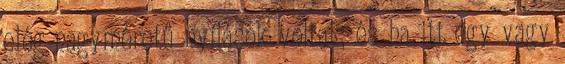
elég nagyméretű nyílások voltak, és ha itt egy vagy